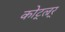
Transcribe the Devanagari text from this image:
कोट्ल्रर्